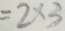
= 2 \times 3